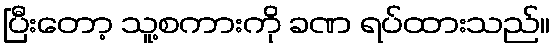
ပြီးတော့ သူ့စကားကို ခဏ ရပ်ထားသည်။